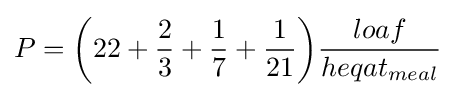
P={\bigg (}22+{\frac {2}{3}}+{\frac {1}{7}}+{\frac {1}{21}}{\bigg )}{\frac {loaf}{heqat_{meal}}}